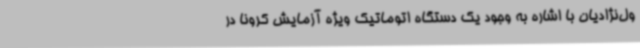
ول‌نژادیان با اشاره به وجود یک دستگاه اتوماتیک ویژه آزمایش کرونا در